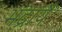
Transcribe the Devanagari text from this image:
भद्रायै